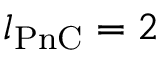
l _ { \mathrm { P n C } } = 2